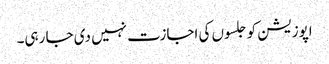
اپوزیشن کو جلسوں کی اجازت نہیں دی جا رہی۔